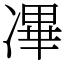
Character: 㓖